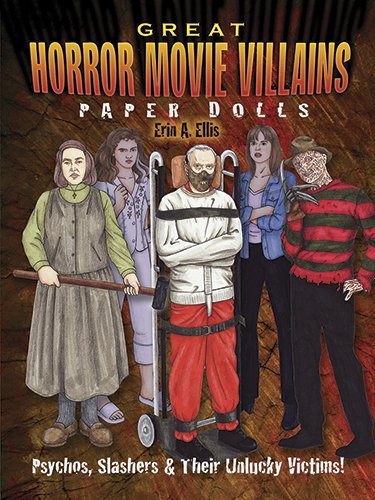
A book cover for Great Horror Movie Villains Paper Dolls: Psychos, Slashers and Their Unlucky Victims! (Dover Paper Dolls); Erin A. Ellis; Humor & Entertainment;